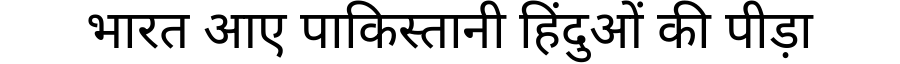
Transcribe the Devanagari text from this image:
भारत आए पाकिस्तानी हिंदुओं की पीड़ा